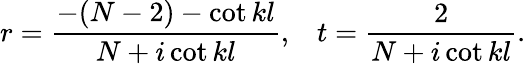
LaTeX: r={\frac{-(N-2)-\mathrm{cot}\, kl}{N+i\, \mathrm{cot}\, kl}},\; \; \; t={\frac{2}{N+i\, \mathrm{cot}\, kl}}.